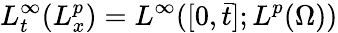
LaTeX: L_{t}^{\infty}(L_{x}^{p})=L^{\infty}([0,\bar{t}];L^{p}(\Omega))